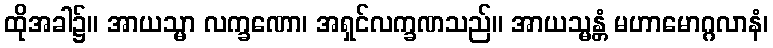
ထိုအခါ၌။ အာယသ္မာ လက္ခဏော၊ အရှင်လက္ခဏသည်။ အာယသ္မန္တံ မဟာမောဂ္ဂလာနံ၊